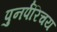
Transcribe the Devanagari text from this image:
पुनर्परिचय